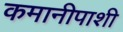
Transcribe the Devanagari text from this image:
कमानीपाशी